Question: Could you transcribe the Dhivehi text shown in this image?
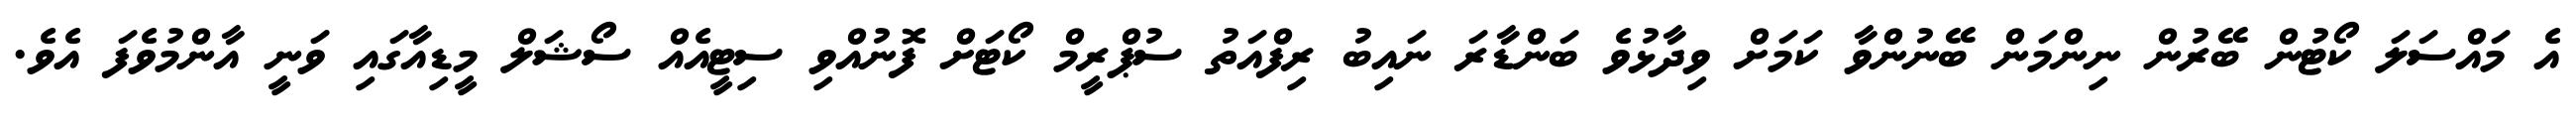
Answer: އެ މައްސަލަ ކޯޓުން ބޭރުން ނިންމަން ބޭނުންވާ ކަމަށް ވިދާޅުވެ ބަންޑާރަ ނައިބު ރިފްއަތު ސުޕްރީމް ކޯޓަށް ފޮނުއްވި ސިޓީއެއް ސޯޝަލް މީޑިއާގައި ވަނީ އާންމުވެފަ އެވެ.